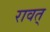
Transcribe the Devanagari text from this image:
रावत्